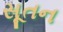
સૂતન